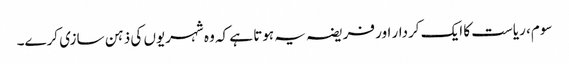
سوم، ریاست کا ایک کردار اور فریضہ یہ ہوتا ہے کہ وہ شہریوں کی ذہن سازی کرے۔